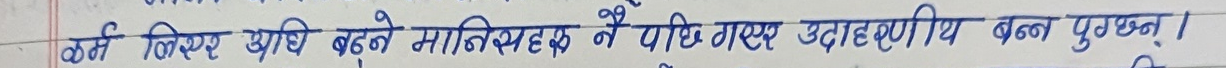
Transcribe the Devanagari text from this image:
कर्म लिएर अघि बढ्ने मानिसहरू नै पछि गएर उदाहरणीय बन्न पुग्छन्।